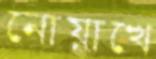
নোয়াখে